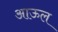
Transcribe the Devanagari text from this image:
आऊल